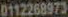
0112268973